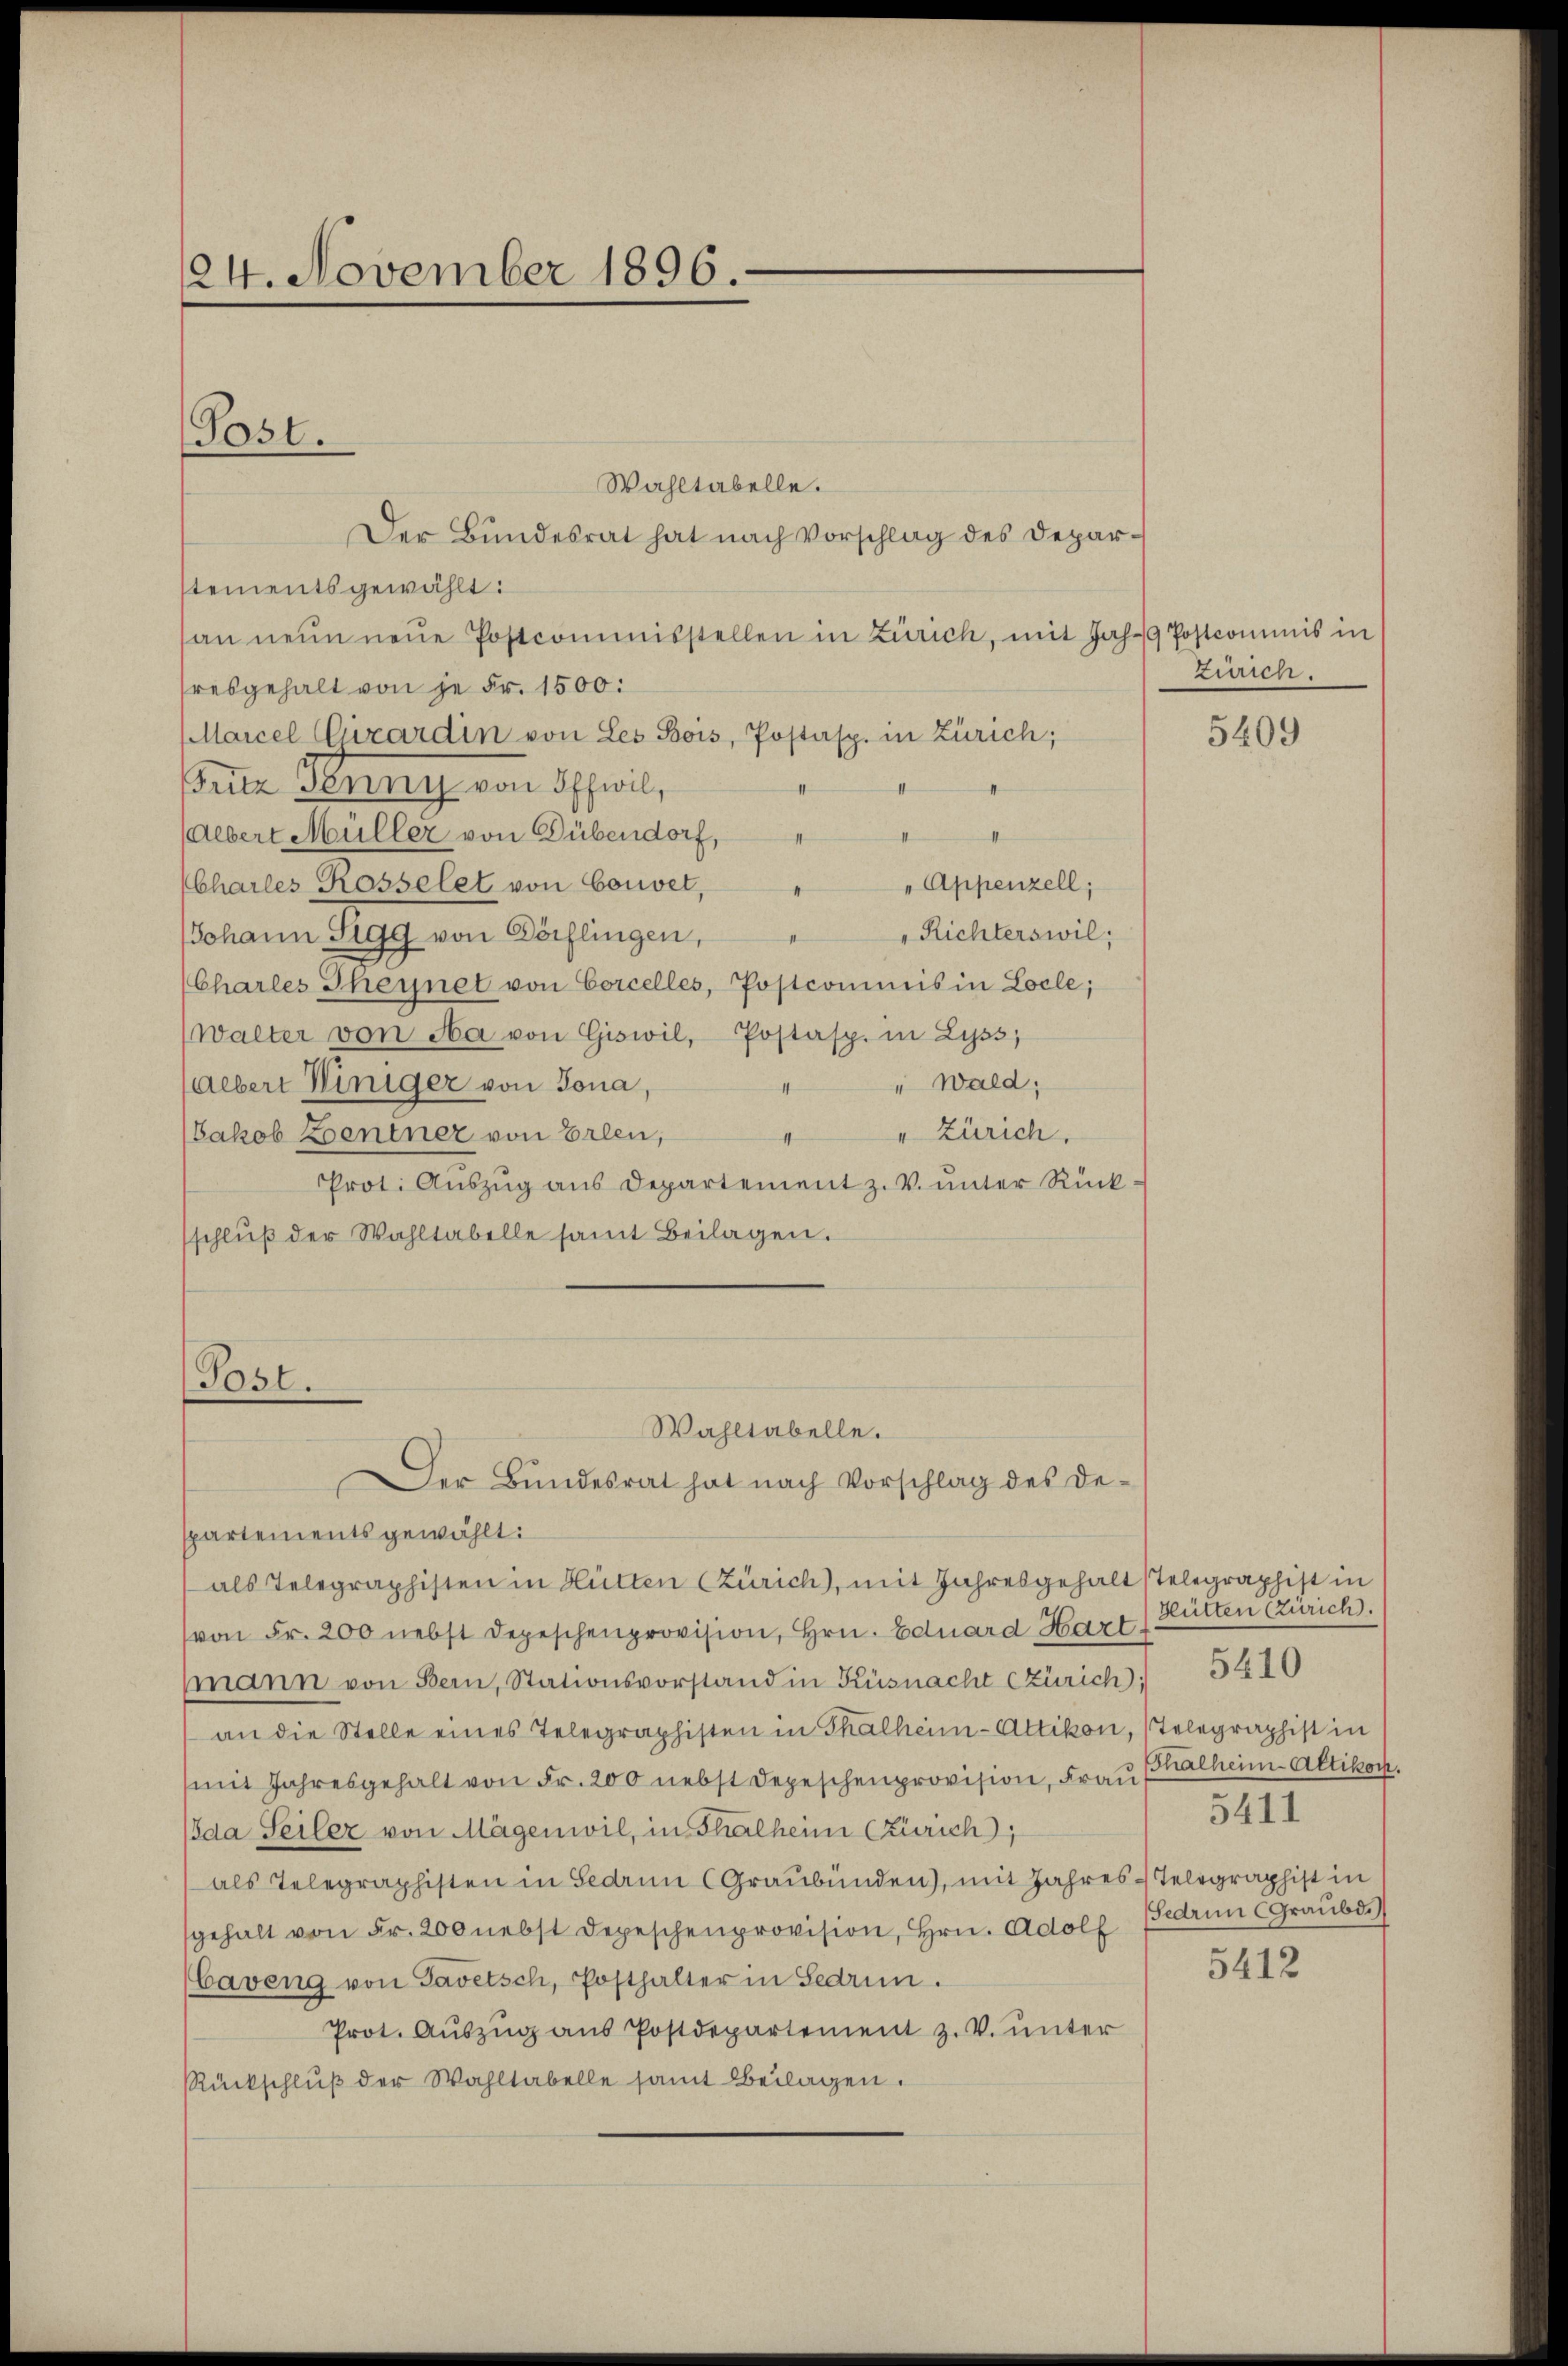
24. November 1896.

Wahltabelle.
Der Bundesrat hat nach Vorschlag des Deparstementsgewählt:
an neun neŭe Postcommisstellen in Zürich, mit Jahr 9 Postcommis in
resgehalt von je Fr. 1500:
Marcel Cirardin von Les Bois, Postasp. in Zürich;
Britz Jenny von Offwil,
Albert Müller von Dübendorf,
" Appenzell;
CCharles Rosselet von Gouvet,
Richterswil;
Johann Sigg von Dörflingen,
Charles Thegnet von Corcelles, Postcommis in Locle;
Walter von Aa von Giswil, Postasp. in Lyss,
" Wald;
Albert Winiger von Jona,
4
" Zürich.
Jakob Zentner von Erlen,
1
Prot. Aŭszŭg ans Departement z. V. ŭnter Rückschlŭβ der Wahltabelle samt Beilagen.

Post.

(Post.
Wahltabelle.
Der Bundesrat hat nach Vorschlag des De¬

spartements gewählt:
von Fr. 200 nebst Depeschenprovision, Hrn. Eduard Hart
mann von Bern, Stationsvorstand in Küsnacht Zürich
an die Stelle eines Telegraphisten in Thalheim-Attikon, Telegraphist in
mit Jahresgehalt von Fr. 200 nebst Depeschenprovision, Frau Palheim Altikon.
(da Seiler von Mägenwil, in Thalheim (Zürich;
als Telegraphisten in Bedaun (Graubünden), mit Jahres-Telegraphist in
sgehalt von Fr. 200 nebst Depeschenprovision, Hrn. Adolf Bedren Graŭbd.)
(Caveng von Tavetsch, Posthalter in Sedrun
Prot. Auszug aus Postdepartement z. V. unter
Rückschluß der Wahltabelle samt Beilagen.

als Telegraphisten in Hütten (Zürich), mit Jahresgehalt (Telegraphist in

Zürich.

5409

Hütten (Zürich.
5410
5411

5412